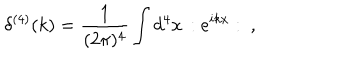
\delta ^ { ( 4 ) } ( k ) = \frac { 1 } { ( 2 \pi ) ^ { 4 } } \int d ^ { 4 } x \, : e ^ { i k x } : ~ ,